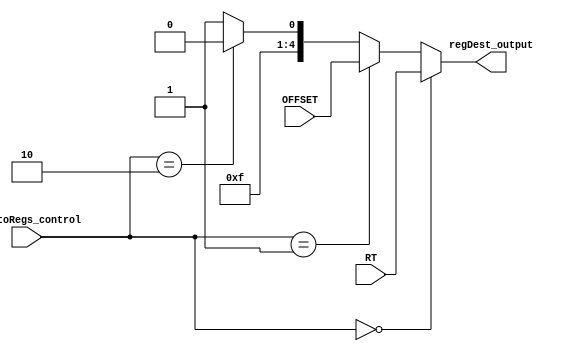
module reg_destination(
    input wire [1:0] mux_toRegs_control,
    input wire [20:16] RT,
    input wire [15:11] OFFSET,
    output wire [4:0] regDest_output
);

    assign regDest_output = (mux_toRegs_control == 2'b00) ? RT : (mux_toRegs_control == 2'b01) ? OFFSET : (mux_toRegs_control == 2'b10) ? 5'd30 : 5'd31;

endmodule